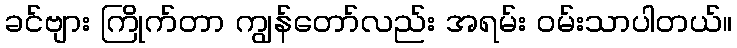
ခင်ဗျား ကြိုက်တာ ကျွန်တော်လည်း အရမ်း ဝမ်းသာပါတယ်။